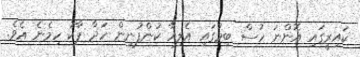
ކައިރީގައި އޮންނަ ހުސް ބިމުގައި އެލިއާ ކުންފުނިން ހަދާ ޕާކު ހިމެނެ އެވެ.